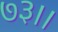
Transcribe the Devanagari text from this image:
७३।।